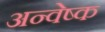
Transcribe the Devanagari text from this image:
अन्वेष्क